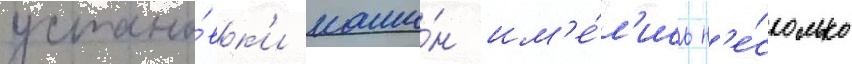
устано́вк'и маши́н им'е́л'ись н'е́сколько